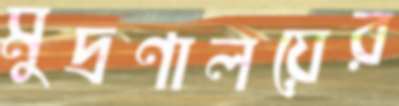
মুদ্রণালয়ের